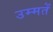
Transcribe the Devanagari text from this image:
उम्मतें